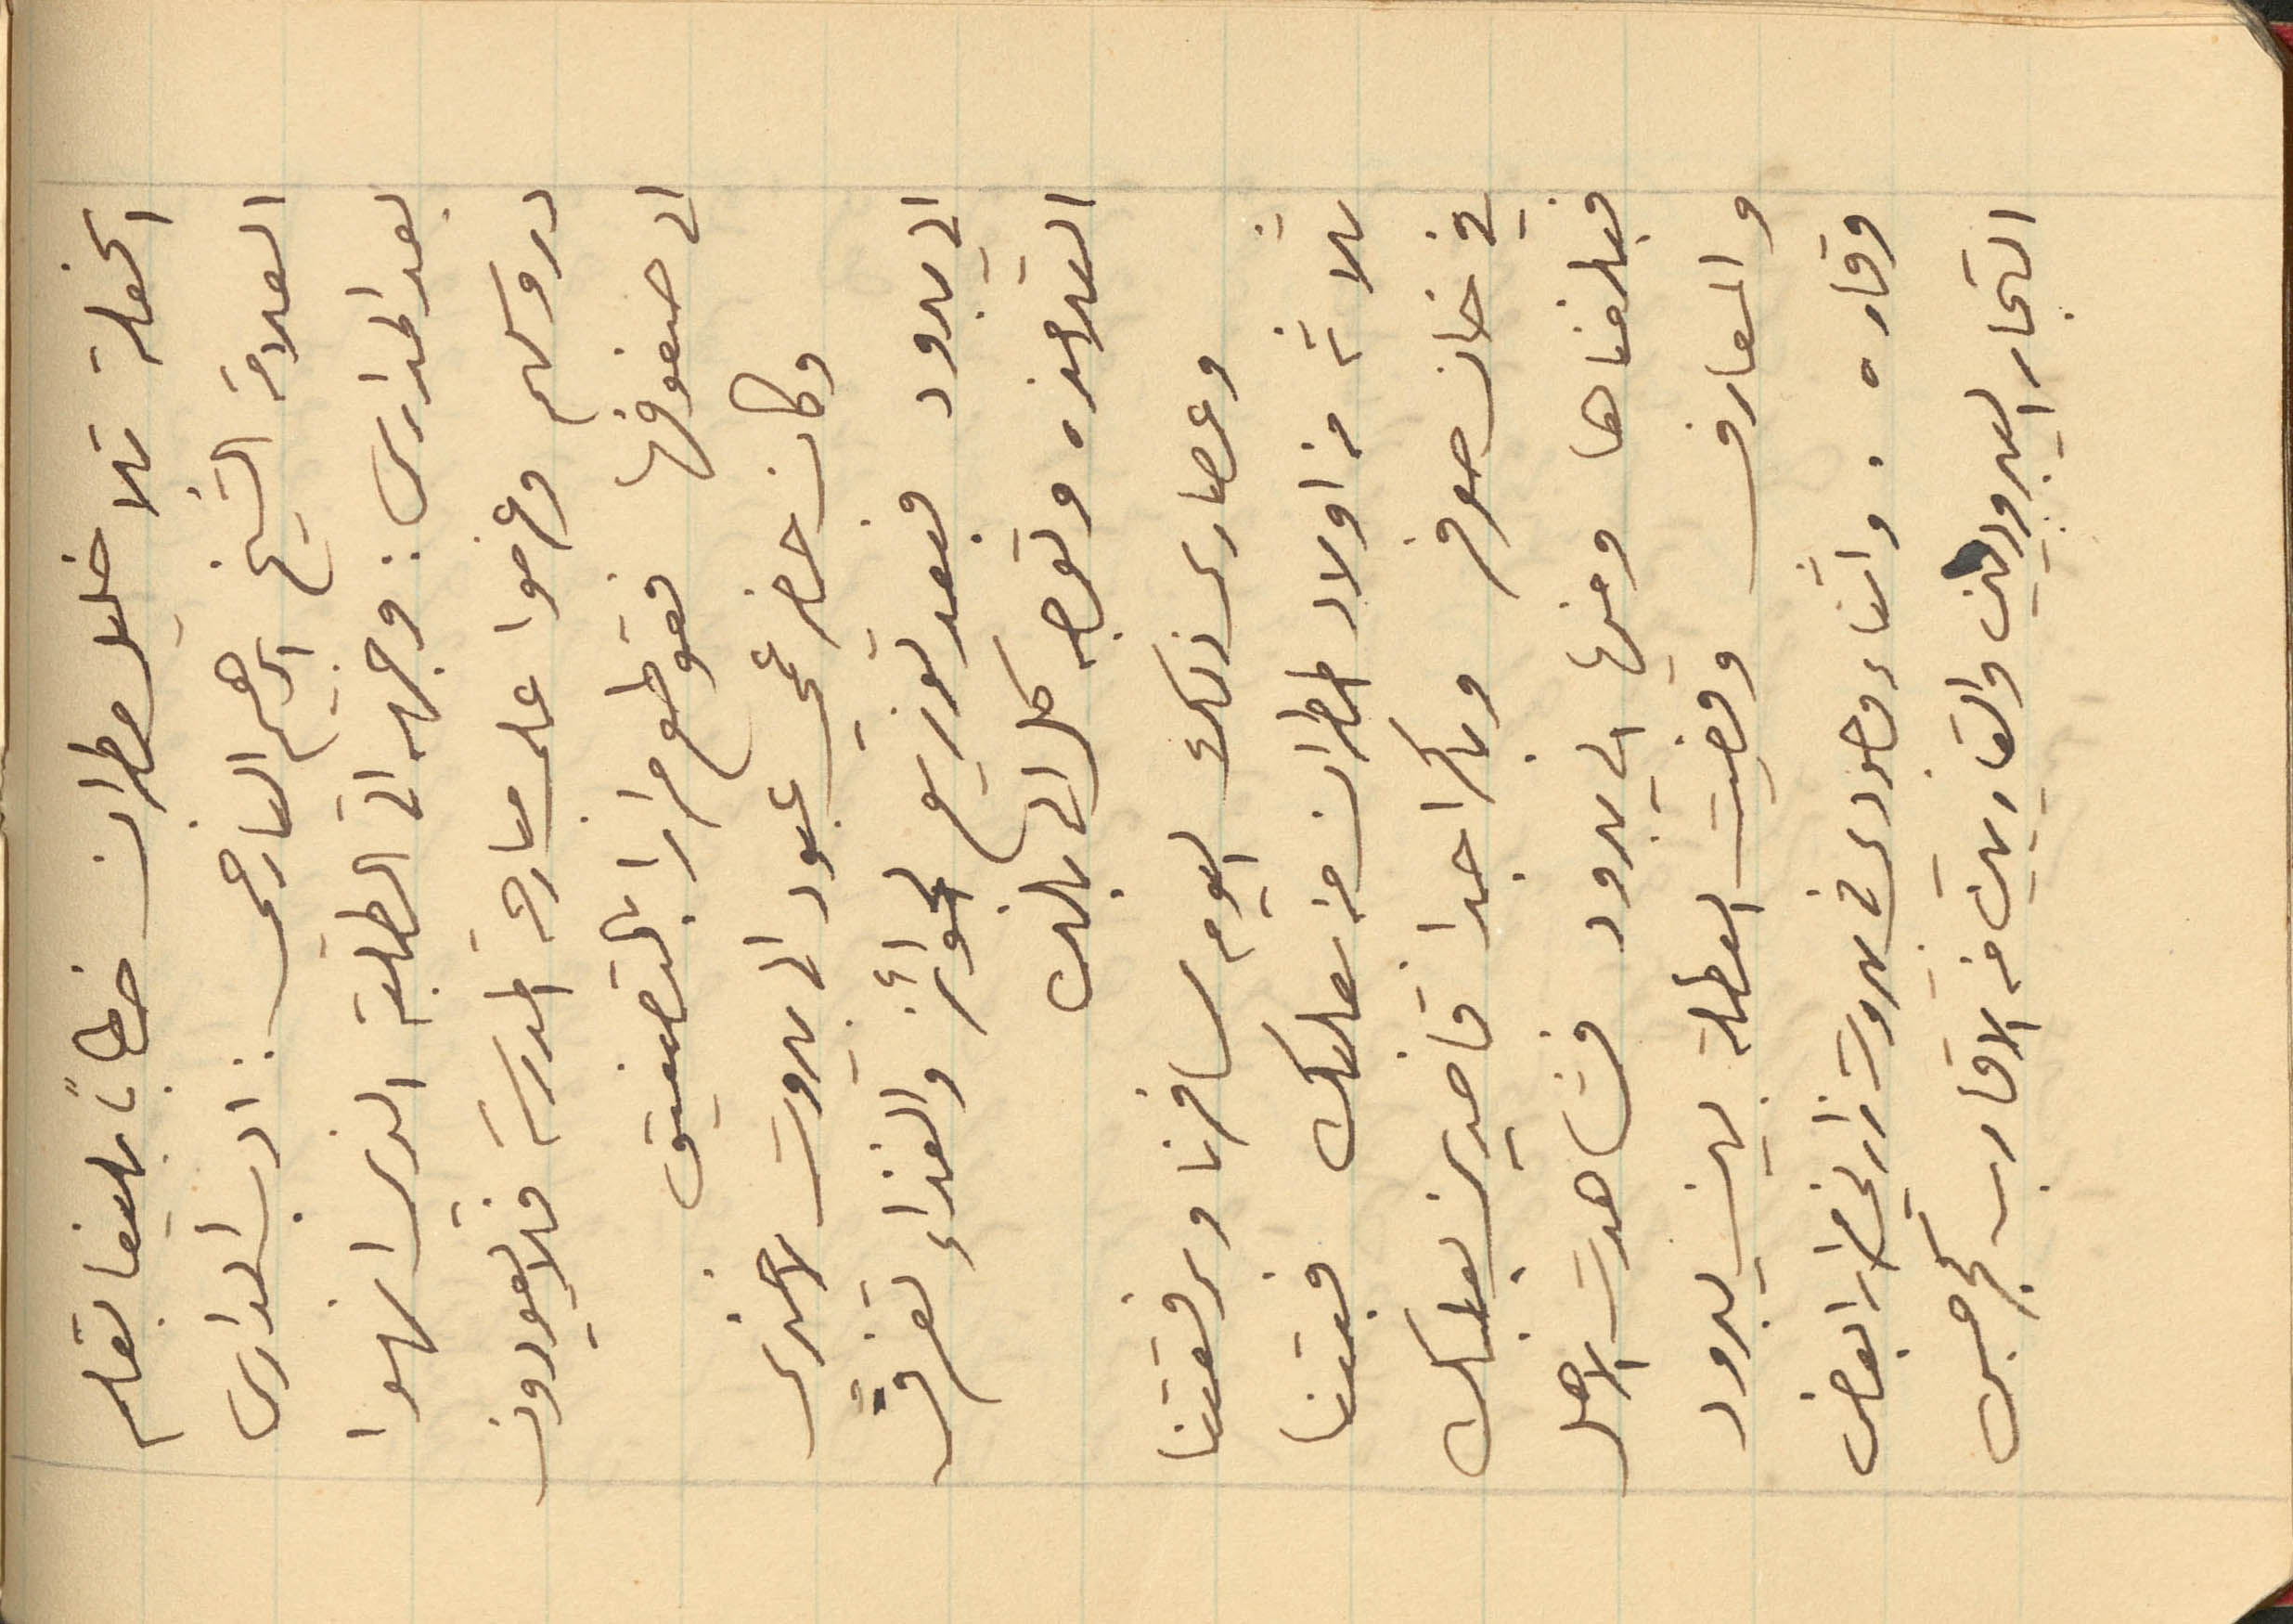
الحفلة تلا خليل مطران خطاباً بليغا بقلم
بعد المدارس: وجهه الى الطلبة الذي انهوا
الى صفوفها فقوطع مرارا بالتصفيق
وكان حضر عمي عبود الى بيروت لاخذي
الى يبرود فبعد توزيع الجوائز والغذاء تفرق
التلامذه وتوجه كل الى بلده
وعصارى ذلك اليوم سافرنا وبرفقتنا
ثلاثة من اولاد المطران من بعلبك فبتنا
في خان صوفر وباكرا جدا قاصدين بعلبك
فبلغناها ومنها الى يبرود فشاهدت الاهل
والمعارف وقضيت العطلة بين يبرود
وقاره. واثناء وجودي في بيروت زارني مرارا بعض
التجار اليبروديين والقاريين من الاقارب كجرجس
العلامة الشيخ ابراهيم اليازجي: ادب الدارس
دروسهم وعزموا على مبارحة المدرسة فلا يعودون